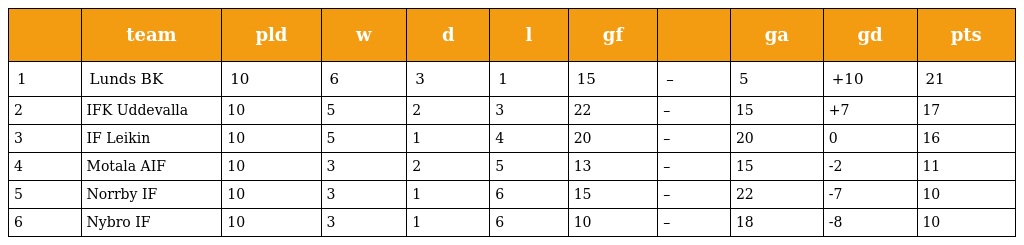
|  | team | pld | w | d | l | gf |  | ga | gd | pts |
 | --- | --- | --- | --- | --- | --- | --- | --- | --- | --- | --- |
 | 1 | Lunds BK | 10 | 6 | 3 | 1 | 15 | – | 5 | +10 | 21 |
 | 2 | IFK Uddevalla | 10 | 5 | 2 | 3 | 22 | – | 15 | +7 | 17 |
 | 3 | IF Leikin | 10 | 5 | 1 | 4 | 20 | – | 20 | 0 | 16 |
 | 4 | Motala AIF | 10 | 3 | 2 | 5 | 13 | – | 15 | -2 | 11 |
 | 5 | Norrby IF | 10 | 3 | 1 | 6 | 15 | – | 22 | -7 | 10 |
 | 6 | Nybro IF | 10 | 3 | 1 | 6 | 10 | – | 18 | -8 | 10 |